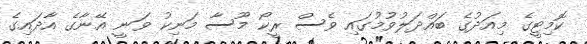
ކޮމިޓީގެ މިއަދުގެ ބައްދަލުވުމުގައި ވެސް ރީކޯ މޫސާ މަނިކު ވަނީ އޭނާގެ އާދައިގެ